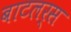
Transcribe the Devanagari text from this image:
बाटलर्स